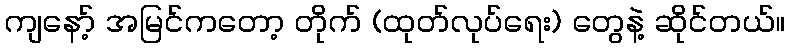
ကျနော့် အမြင်ကတော့ တိုက် (ထုတ်လုပ်ရေး) တွေနဲ့ ဆိုင်တယ်။